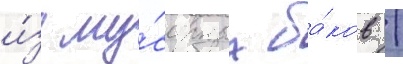
и́з му́сорных ба́ков /